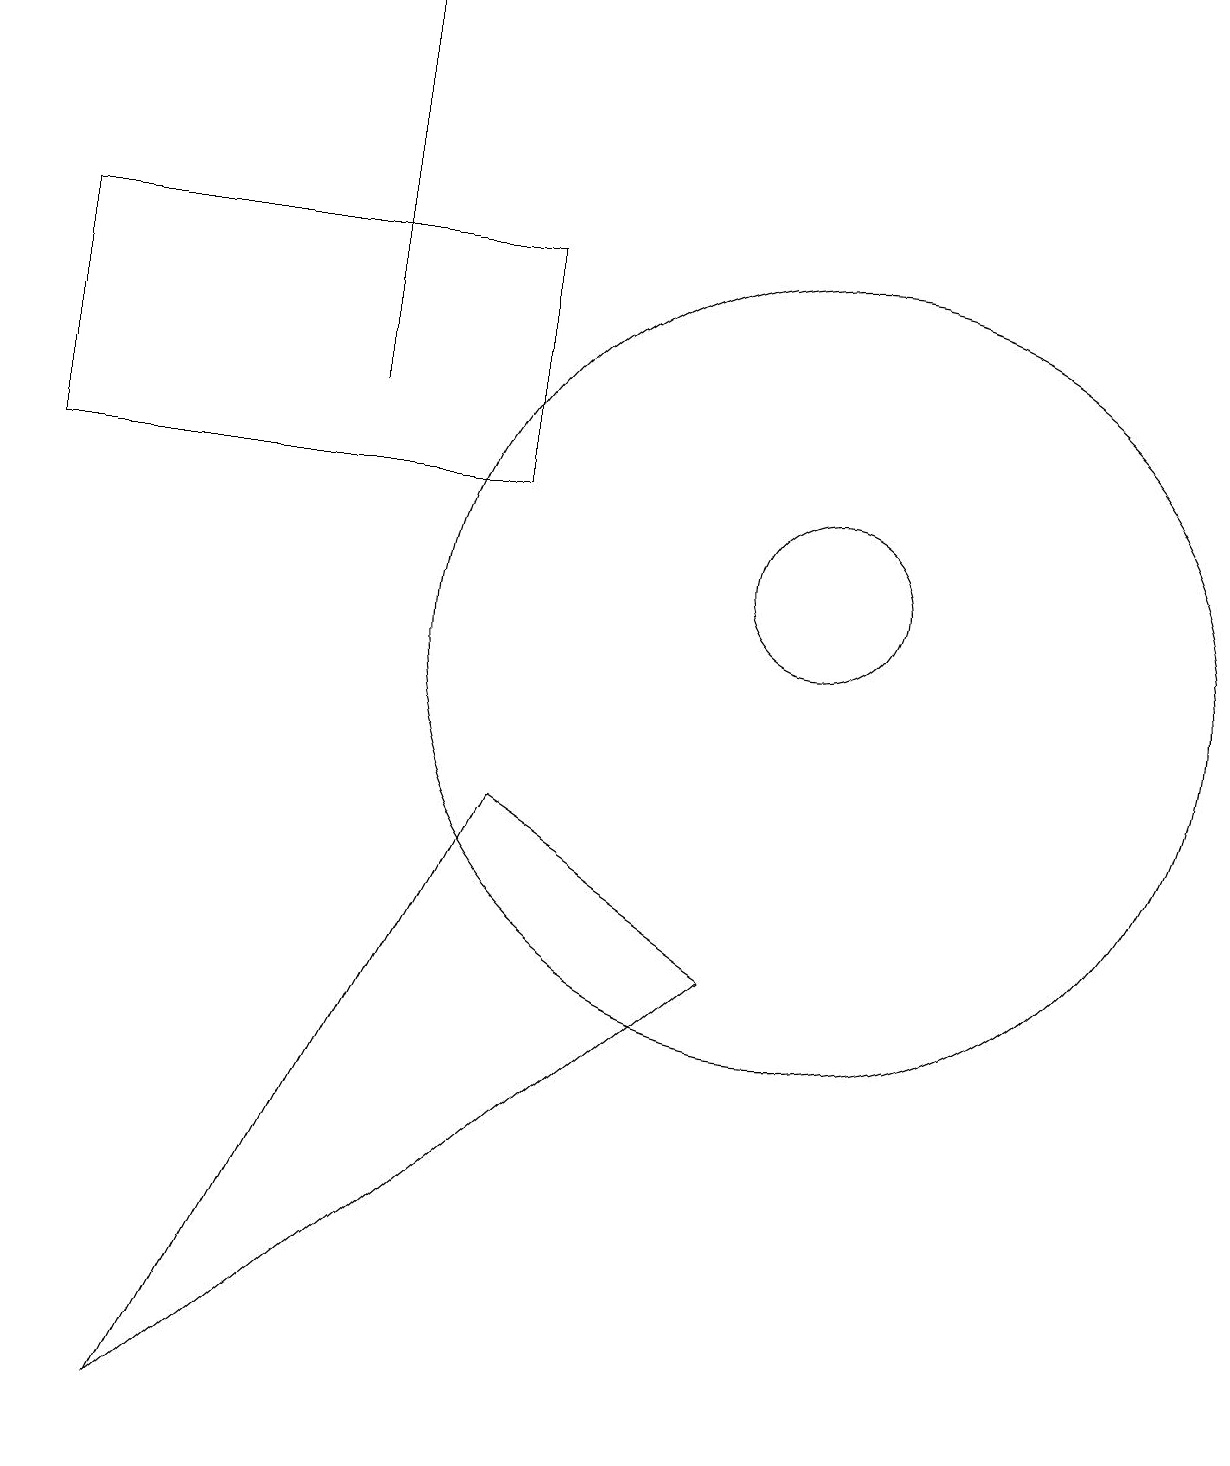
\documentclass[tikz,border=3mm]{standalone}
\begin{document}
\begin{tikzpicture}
\draw (0,13) rectangle (6,16);
\draw (10,11) circle (5);
\draw (4,19) rectangle (4,14);
\draw (10,12) circle (1);
\draw (6,9) -- (2,1) -- (9,7) -- cycle;
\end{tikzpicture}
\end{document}